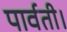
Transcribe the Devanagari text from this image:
पार्वती।